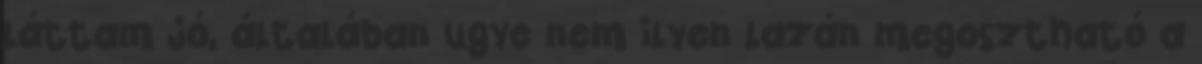
láttam jó, általában ugye nem ilyen lazán megosztható a